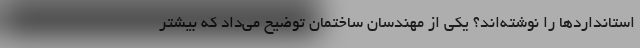
استانداردها را نوشته‌اند؟ یکی از مهندسان ساختمان توضیح می‌داد که بیشتر